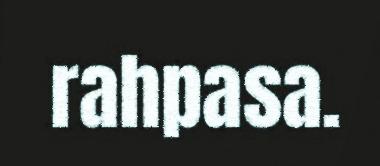
rahpasa.